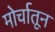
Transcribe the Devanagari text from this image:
मोर्चातून